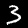
Label: 3